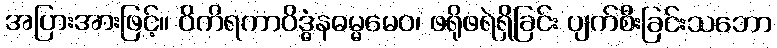
အပြားအားဖြင့်။ ဝိကိရကာဝိဒ္ဓံနဓမ္မမေဝ၊ ဖရိုဖရဲရှိခြင်း ပျက်စီးခြင်းသဘော